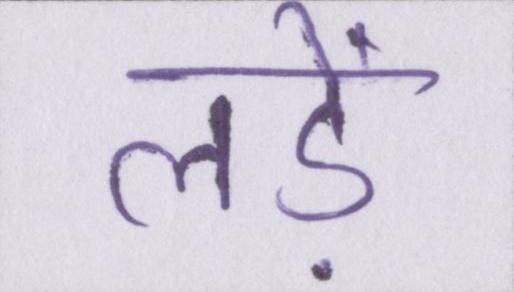
लड़ें